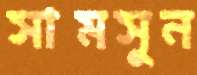
সামসুন